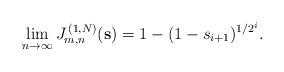
LaTeX: \begin{align*}\lim_{n\rightarrow \infty }J_{m,n}^{\,(1,N)}(\mathbf{s})=1-(1-s_{i+1})^{1/2^{i}}. \end{align*}